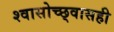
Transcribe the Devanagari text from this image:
श्वासोच्छ्वासही